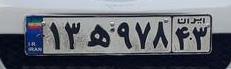
۱۳ه۹۷۸۴۳